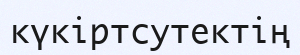
күкіртсутектің